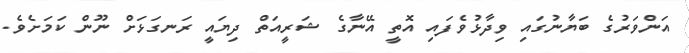
އަންވަރުގެ ބަޔާނުގައި ވިދާޅުވެފައި އޮތީ އޭނާގެ ޝަރީއަތް ދިޔައީ ރަނގަޅަށް ނޫން ކަމަށެވެ.